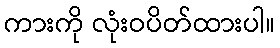
ကားကို လုံးဝပိတ်ထားပါ။